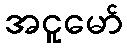
အငူမော်